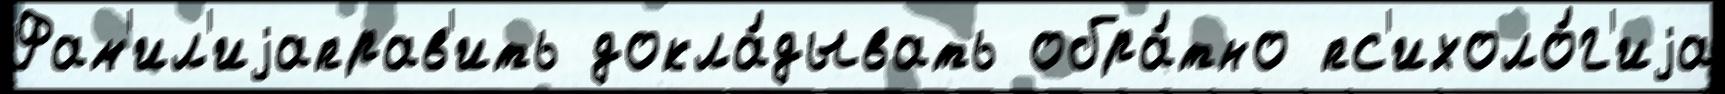
Фам'ил'иjаправ'ить докла́дывать обра́тно пс'ихоло́г'иjа